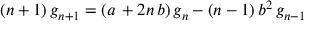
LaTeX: ( n + 1 ) \, g _ { n + 1 } = ( a \, + 2 n \, b ) \, g _ { n } - ( n - 1 ) \, b ^ { 2 } \, g _ { n - 1 }